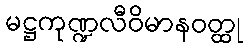
မဋ္ဌကုဏ္ဍလီဝိမာနဝတ္ထု